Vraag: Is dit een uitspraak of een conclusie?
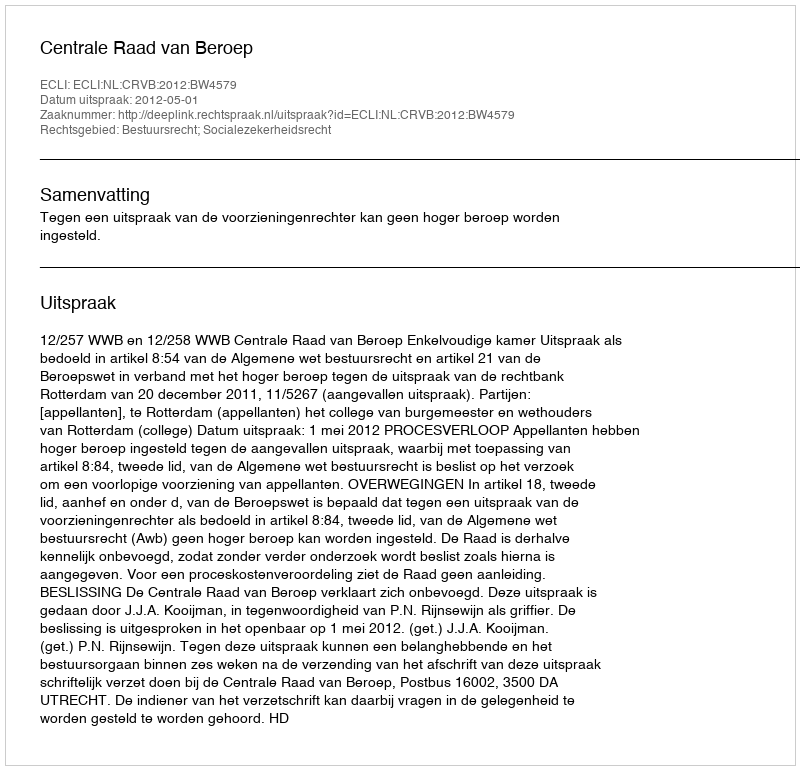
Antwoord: Uitspraak